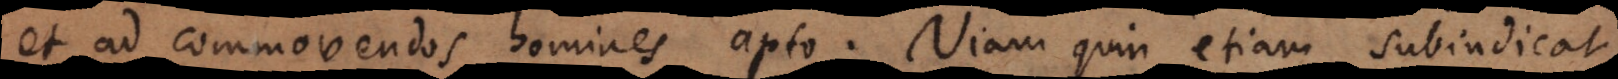
et ad commovendos homines apto. Viam quin etiam subindicat,